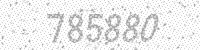
Solution: 785880